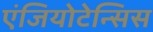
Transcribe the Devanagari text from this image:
एंजियोटेन्सिस